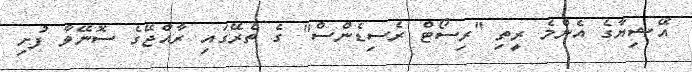
އޭޝިޔާގެ އެންމެ ރީތި "ރިސޯޓް ރެސިޑެންސް" ގެ ތެރޭގައި ރާއްޖޭގެ ސޮނޭވާ ފުށި